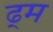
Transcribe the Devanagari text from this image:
ढ्म